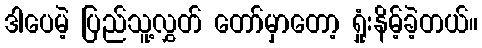
ဒါပေမဲ့ ပြည်သူ့လွှတ် တော်မှာတော့ ရှုံးနိမ့်ခဲ့တယ်။